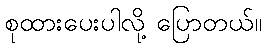
စုထားပေးပါလို့ ပြောတယ်။